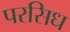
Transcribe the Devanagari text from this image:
परसिध